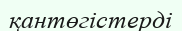
қантөгістерді